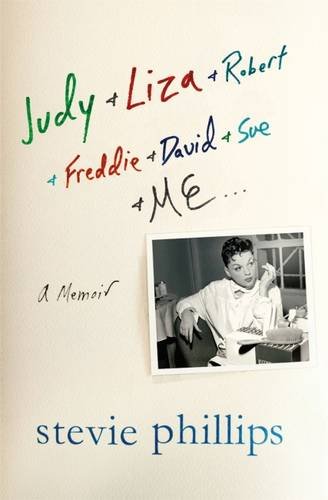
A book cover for Judy & Liza & Robert & Freddie & David & Sue & Me...: A Memoir; Stevie Phillips; Biographies & Memoirs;